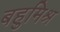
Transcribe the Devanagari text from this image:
बहुमिश्र